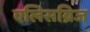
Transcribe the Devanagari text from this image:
एलिसब्रिज